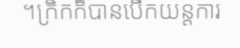
។ក្រិកក៏បានបើកយន្តការ